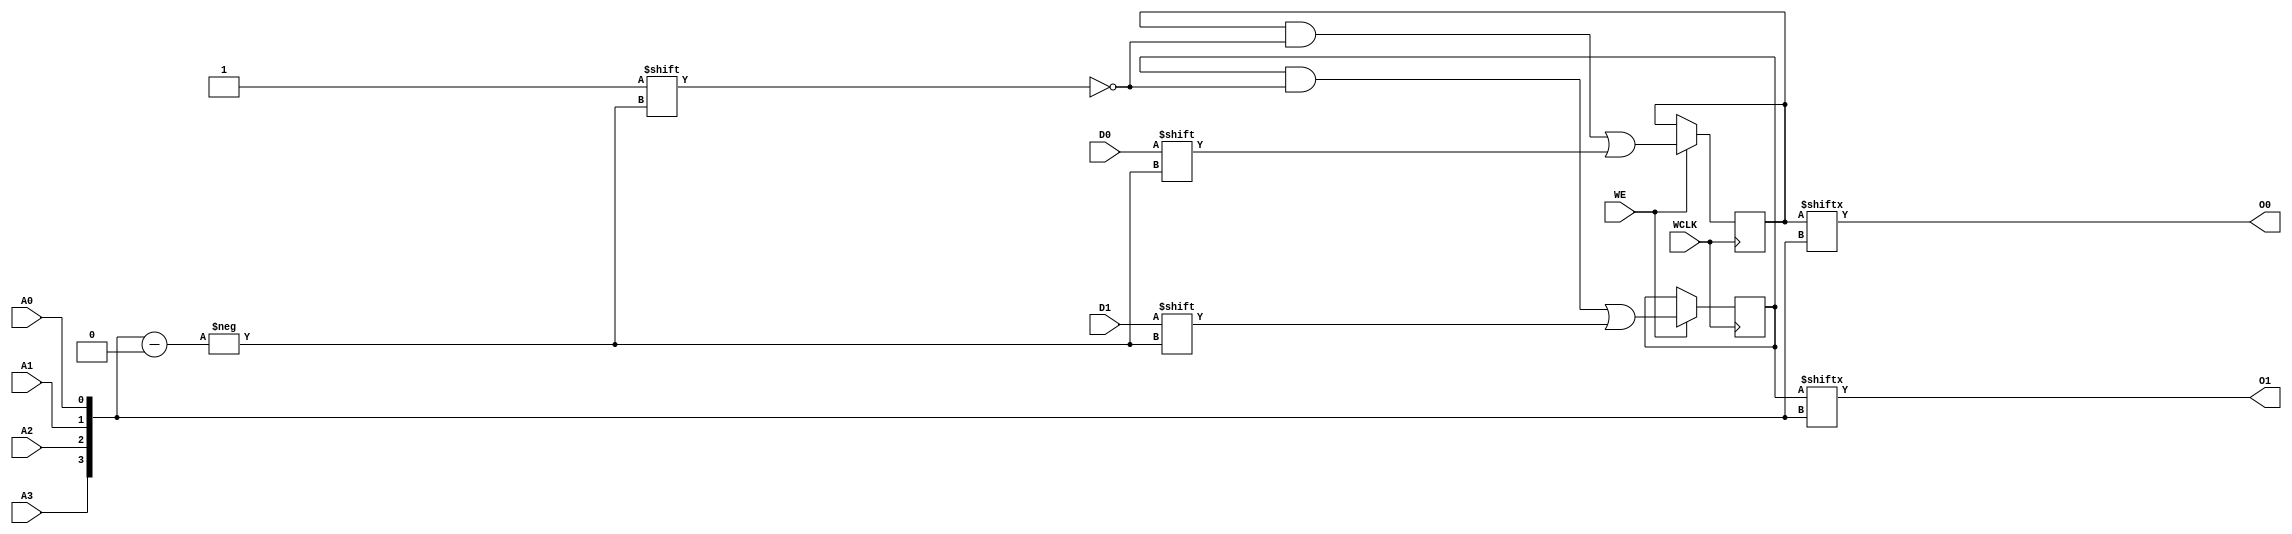
module RAM16X2S (O0, O1, A0, A1, A2, A3, D0, D1, WCLK, WE);

    parameter INIT_00 = 16'h0000;
    parameter INIT_01 = 16'h0000;

    output O0, O1;

    input  A0, A1, A2, A3, D0, D1, WCLK, WE;

    reg  [15:0] mem1;
    reg  [15:0] mem2;

    wire [3:0] adr;

    assign adr = {A3, A2, A1, A0};
    assign O0 = mem1[adr];
    assign O1 = mem2[adr];

    initial  begin
        mem1 = INIT_00;
        mem2 = INIT_01;
    end

    always @(posedge WCLK) 
        if (WE == 1'b1) begin
            mem1[adr] <= #100 D0;
            mem2[adr] <= #100 D1;
        end

endmodule